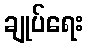
ချုပ်ရေး